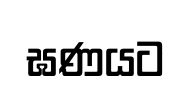
ඝණයට